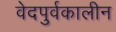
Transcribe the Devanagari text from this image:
वेदपुर्वकालीन